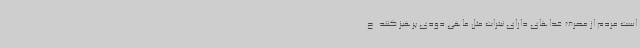
است مردم از مصرف غذاهای دارای نیترات‌ مثل ماهی دودی پرهیز کنند. ح